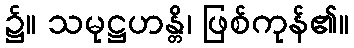
၌။ သမုဋ္ဌဟန္တိ၊ ဖြစ်ကုန်၏။